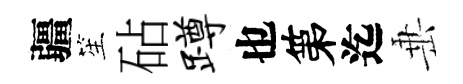
疆笙砧蹲也第迄𡸁